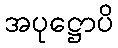
အပုဋ္ဌောပိ